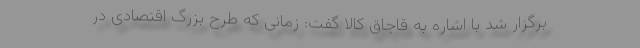
برگزار شد با اشاره به قاچاق کالا گفت: زمانی که طرح بزرگ اقتصادی در